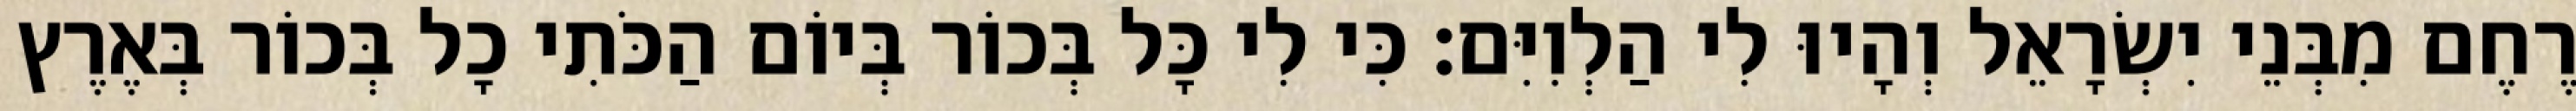
רֶחֶם מִבְּנֵי יִשְׂרָאֵל וְהָיוּ לִי הַלְוִיִּם׃ כִּי לִי כָּל בְּכוֹר בְּיוֹם הַכֹּתִי כָל בְּכוֹר בְּאֶרֶץ